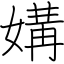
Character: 媾